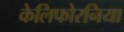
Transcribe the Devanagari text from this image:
केलिफोरनिया